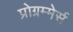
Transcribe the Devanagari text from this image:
प्रोग्रम्मेर्स